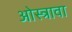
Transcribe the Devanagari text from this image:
ओस्त्रावा